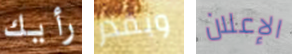
رأيك وبقدر الإعلان